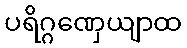
ပရိဂ္ဂဏှေယျာထ